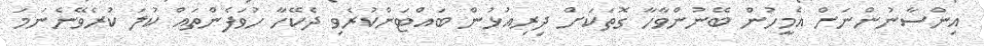
އިންސާނުންނަށް އެމީހުން ބޭނުންވާހާ ގޮތަކަށް ދިރިއުޅުން ބައްޓަންކުރެވި ދެކޭހާ ހުވަފެންތައް ކުލަ ކުރެވޭނެނަމަ